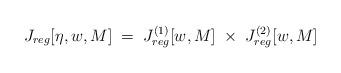
LaTeX: \begin{align*} J_{reg}[\eta,w,M]\;=\; J^{(1)}_{reg}[w,M] \;\times\; J^{(2)}_{reg}[w,M]\end{align*}